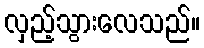
လှည့်သွားလေသည်။